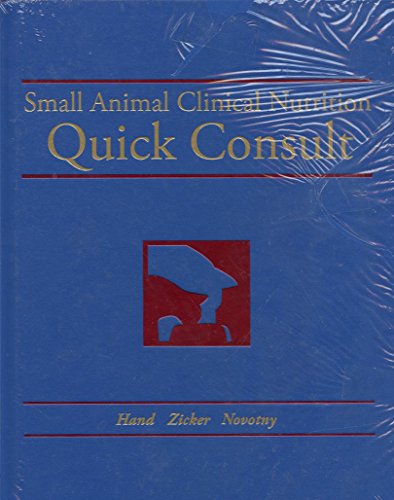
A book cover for Small Animal Clinical Nutrition Quick Consult; Medical Books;